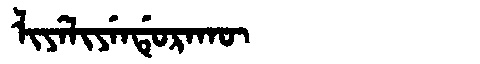
Manchu: ᠯᡳᠶᡝᠯᡳᠶᡝᠨᡩᡠᡵᠠᡴᡡ
Romanization: LIYELIYENDURAKŪ